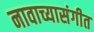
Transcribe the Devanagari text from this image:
नावाच्यासंगीत